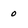
Character: 0